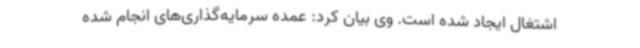
اشتغال ایجاد شده است. وی بیان کرد: عمده سرمایه‌گذاری‌های انجام شده